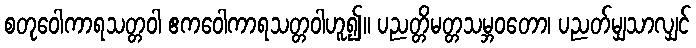
စတုဝေါကာရသတ္တဝါ ဧကဝေါကာရသတ္တဝါဟူ၍။ ပညတ္တိမတ္တသမ္ဘဝတော၊ ပညတ်မျှသာလျှင်